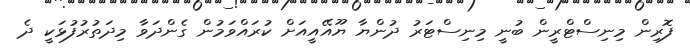
ފޮރިން މިނިސްޓްރީން ބުނީ މިނިސްޓަރު ދުންޔާ ޔޫއޭއީއަށް ކުރައްވަމުން ގެންދަވާ މިދަތުރުފުޅަކީ ދެ